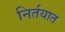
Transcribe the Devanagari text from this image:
निर्तयात